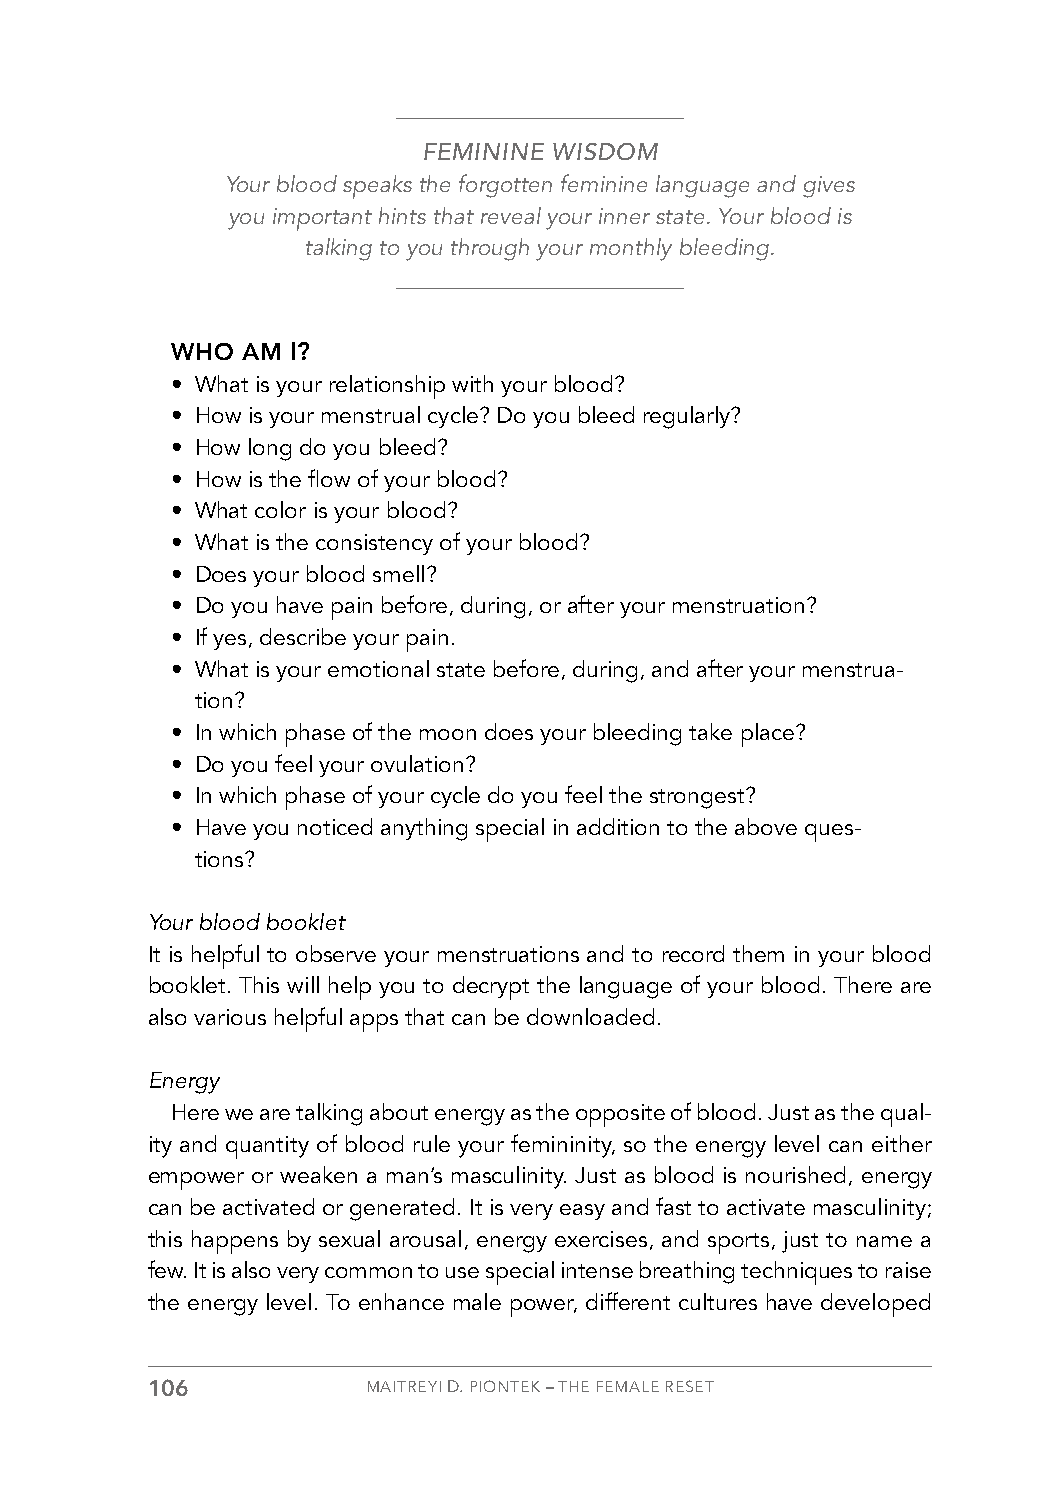
FEMININE WISDOM
 Your blood speaks the forgotten feminine language and gives
 you important hints that reveal your inner state. Your blood is
 talking to you through your monthly bleeding.
 WHO  AM I?
 • What is your relationship with your blood?
 • How is your menstrual cycle? Do you bleed regularly?
 • How long do you bleed?
 • How is the flow of your blood?
 • What color is your blood?
 • What is the consistency of your blood?
 • Does your blood smell?
 • Do you have pain before, during, or after your menstruation?
 • If yes, describe your pain.
 • What is your emotional state before, during, and after your menstrua-
 tion?
 • In which phase of the moon does your bleeding take place?
 • Do you feel your ovulation?
 • In which phase of your cycle do you feel the strongest?
 • Have you noticed anything special in addition to the above ques-
 tions?
 Your blood booklet
 It is helpful to observe your menstruations and to record them in your blood
 booklet. This will help you to decrypt the language of your blood. There are
 also various helpful apps that can be downloaded.
 Energy
 Here we are talking about energy as the opposite of blood. Just as the qual-
 ity and quantity of blood rule your femininity, so the energy level can either
 empower or weaken a man’s masculinity. Just as blood is nourished, energy
 can be activated or generated. It is very easy and fast to activate masculinity;
 this happens by sexual arousal, energy exercises, and sports, just to name a
 few. It is also very common to use special intense breathing techniques to raise
 the energy level. To enhance male power, different cultures have developed
 106           MAITREYI D. PIONTEK – THE FEMALE RESET